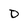
Character: D